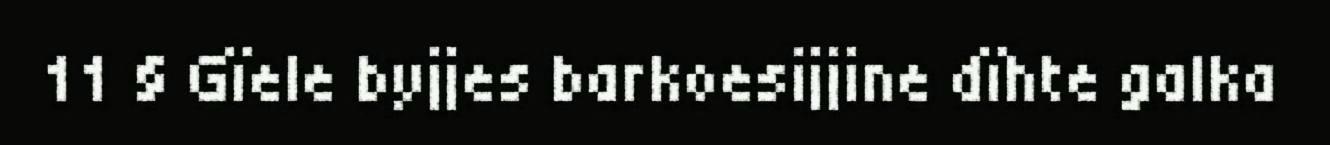
11 § Gïele byjjes barkoesijjine dïhte galka